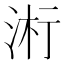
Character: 𬇪